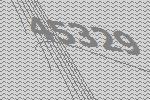
45329